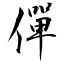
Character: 僤